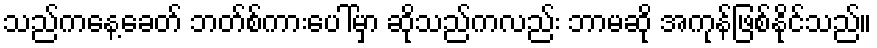
သည်ကနေ့ခေတ် ဘတ်စ်ကားပေါ်မှာ ဆိုသည်ကလည်း ဘာမဆို အကုန်ဖြစ်နိုင်သည်။